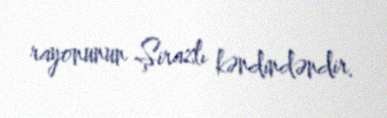
rayonunun Şirazlı kəndindəndir.